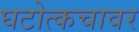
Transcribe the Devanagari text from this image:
घटोत्कचावर